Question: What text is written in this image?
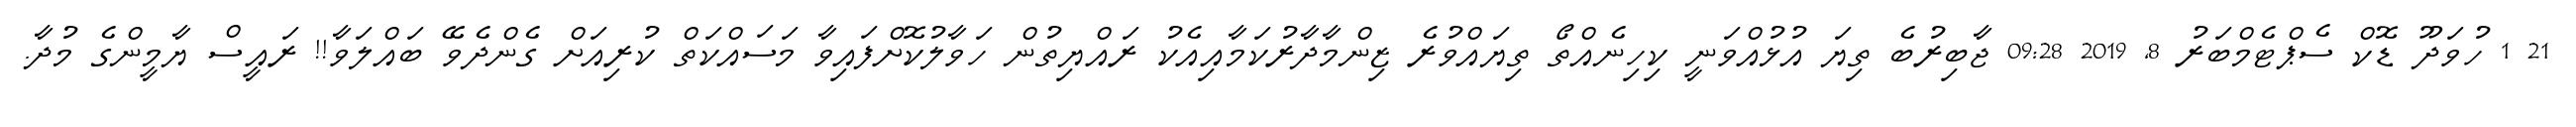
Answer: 21 1 ހުވަދޫ ޑޮކް ސެޕްޓެމްބަރު 8, 2019 09:28 ޖާބިރުބެ ތިޔަ އުޅުއްވަނީ ކިހިނެއްތޯ ތިޔައްވުރެ ޒިންމާދާރުކަމާއިއެކު ރައްޔިތުން ހަވާލުކޮށްފައިވާ މަސައްކަތް ކުރިއަށް ގެންދެވޭ ބައްލަވާ!! ރައީސް ޔާމީންގެ މުދާ.